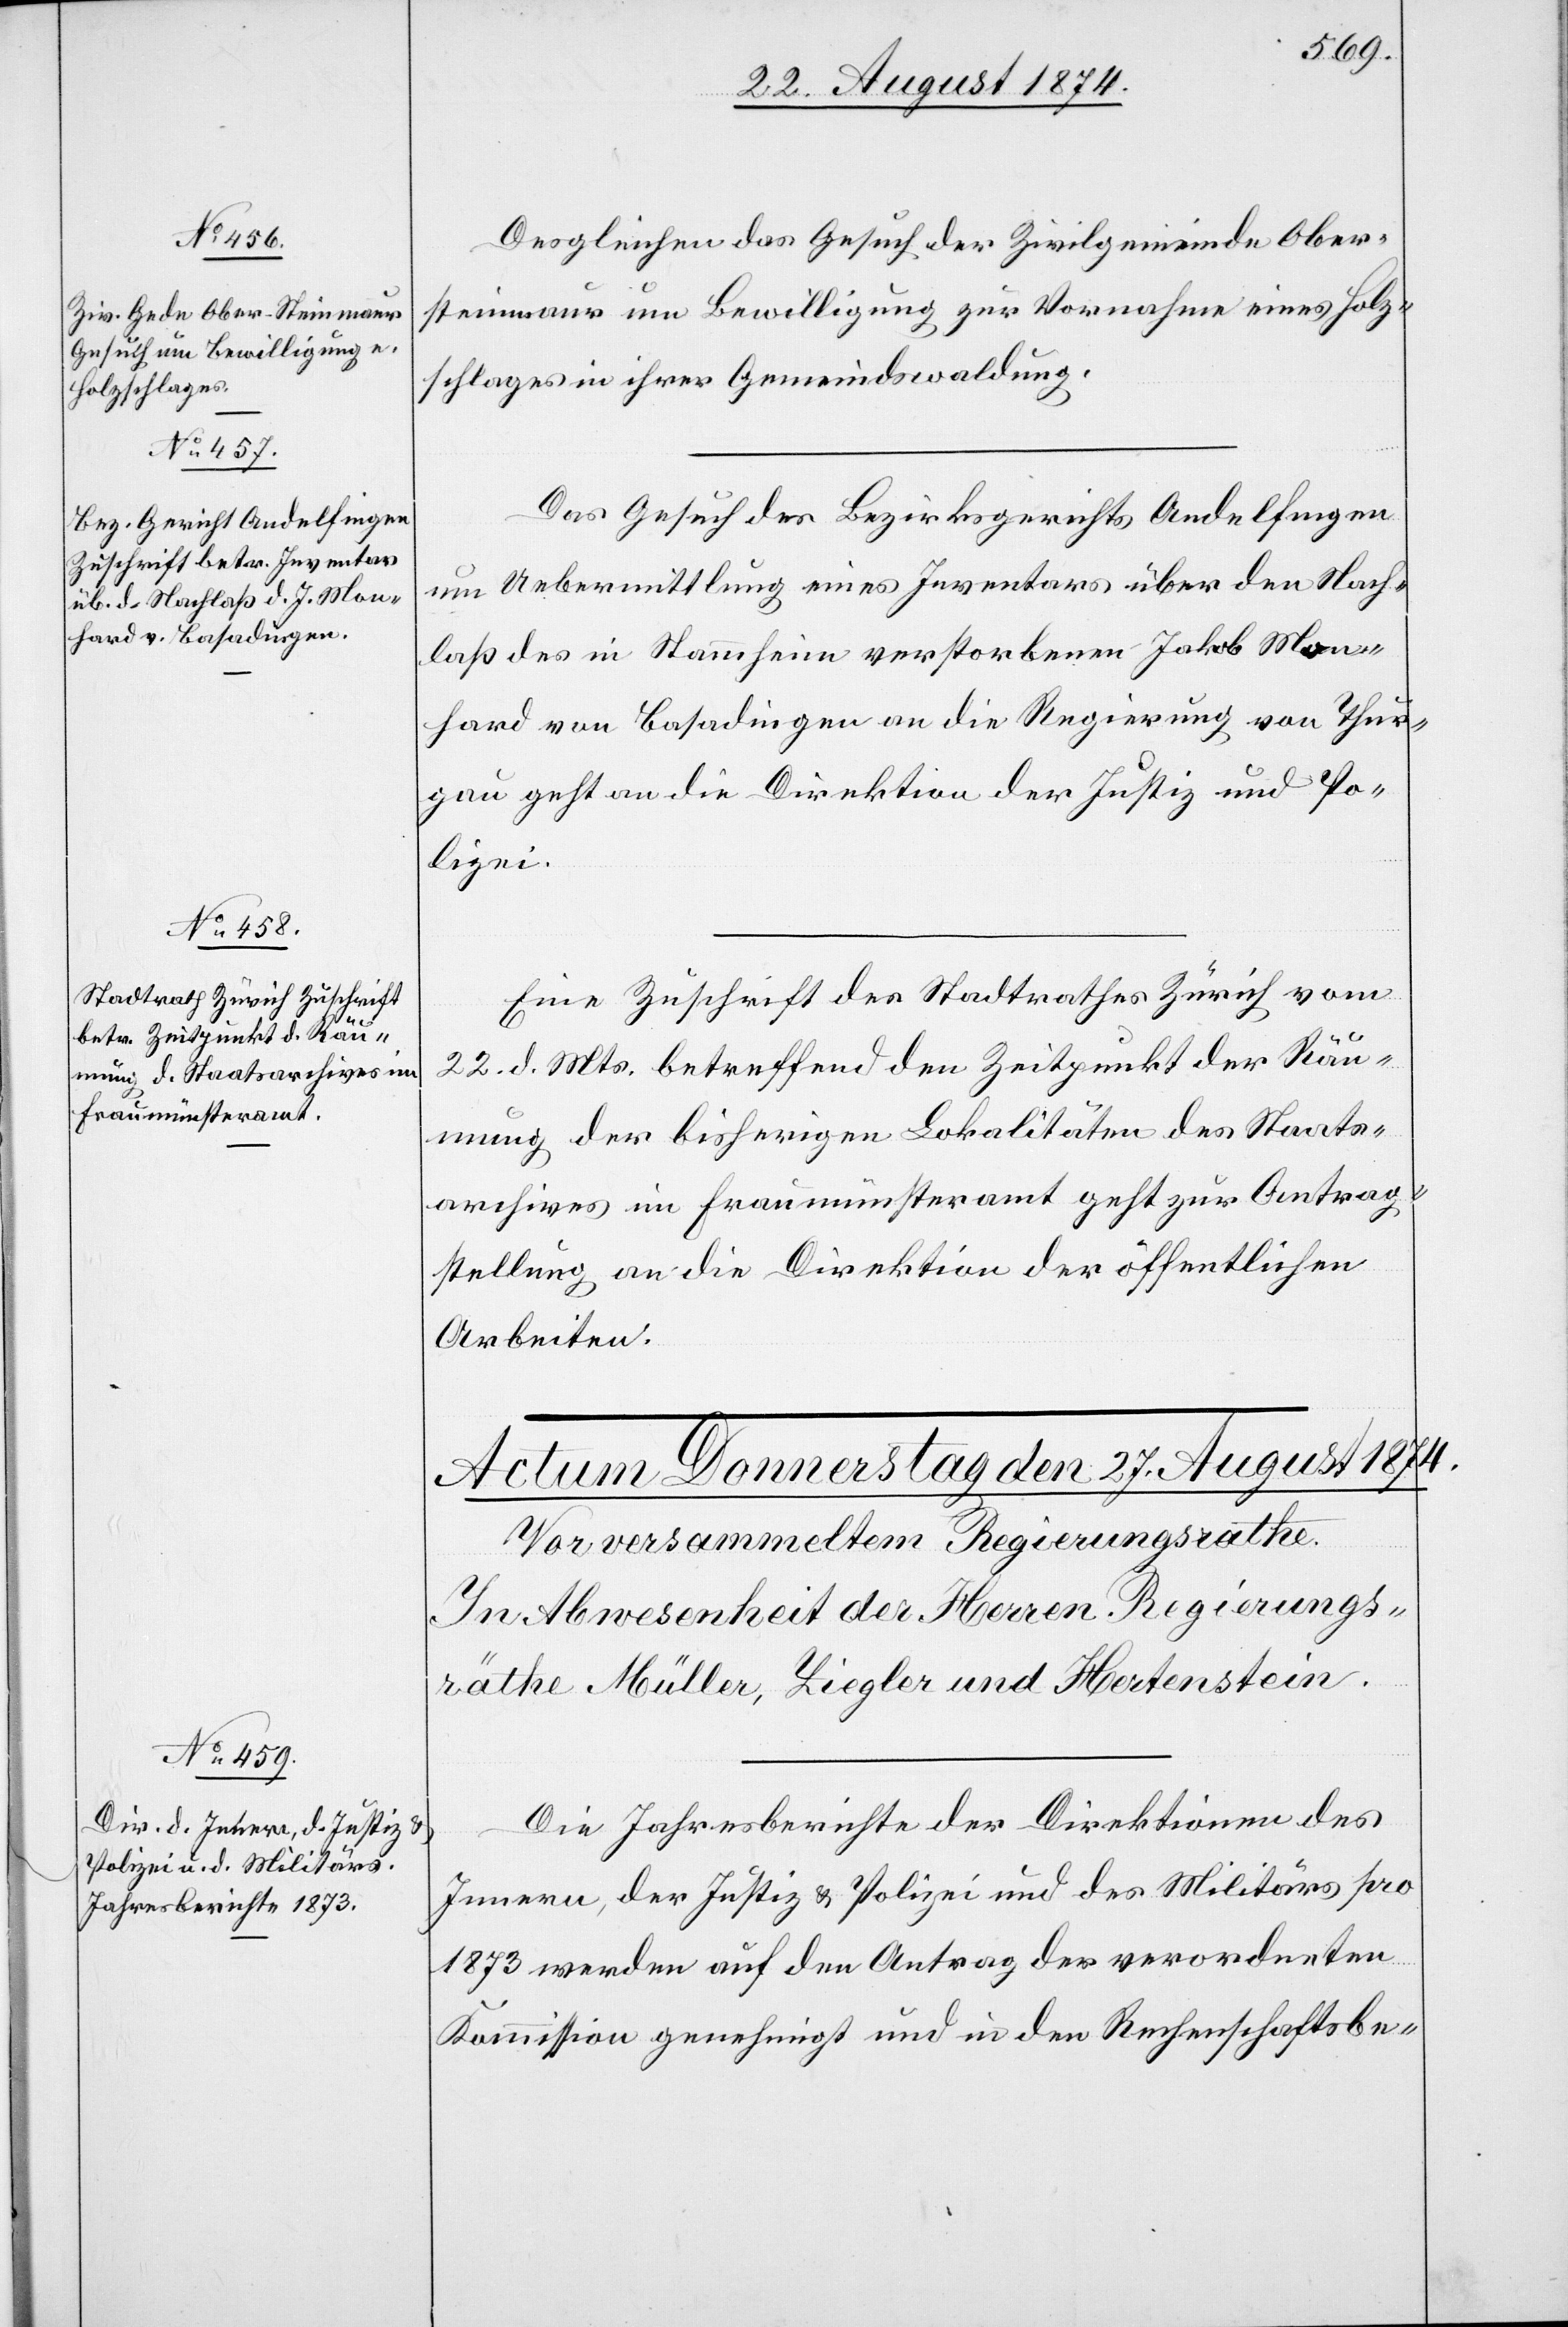
26. August 1874.]
Desgleichen das Gesuch der Zivilgemeinde Ober¬
steinmaur um Bewilligung zur Vornahme eines Holz¬
schlages in ihrer Gemeindswaldung.
Das Gesuch des Bezirksgericht Andelfingen
um Uebermittlung eines Inventars über den Nach¬
laß des in Stammheim verstorbenen Jakob Mon¬
hard von Basadingen an die Regierung von Thur¬
gau geht an die Direktion der Justiz und Po¬
lizei.
Eine Zuschrift des Stadtrathes Zürich vom
22. d. Mts. betreffend den Zeitpunkt der Räu¬
mung der bisherigen Lokalitäten des Staats¬
archives im Fraumünsteramt geht zur Antrag¬
stellung an die Direktion der öffentlichen
Arbeiten.
Die Jahresberichte der Direktionen des
Innern, der Justiz u. Polizei und des Militärs pro
1873 werden auf den Antrag der verordneten
Kommission genehmigt und in den Rechenschaftsbe-